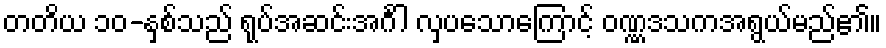
တတိယ ၁၀-နှစ်သည် ရုပ်အဆင်းအင်္ဂါ လှပသောကြောင့် ဝဏ္ဏဒသကအရွယ်မည်၏။